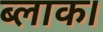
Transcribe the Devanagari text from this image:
ब्‍लाक।